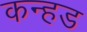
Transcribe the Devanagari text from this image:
कन्हड